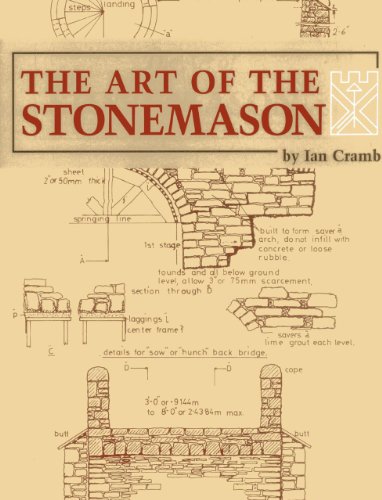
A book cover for The Art of the Stonemason; Ian Cramb; Engineering & Transportation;